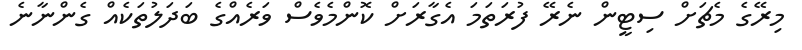
މިރޭގެ މެޗަށް ސިޓީން ނެރޭ ފުރަތަމަ އެގާރަށް ކޮންމެވެސް ވަރެއްގެ ބަދަލުތަކެއް ގެންނާނެ